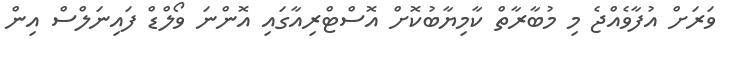
ވަރަށް އުފާވެއްޖެ މި މުބާރާތް ކާމިޔާބުކޮށް އޮސްޓްރިއާގައި އޮންނަ ވޯލްޑް ފައިނަލްސް އިން